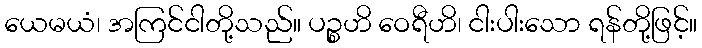
ယေမယံ၊ အကြင်ငါတို့သည်။ ပဉ္စဟိ ဝေရီဟိ၊ ငါးပါးသော ရန်တို့ဖြင့်။